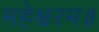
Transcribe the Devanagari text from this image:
महेश्वरम॥